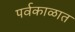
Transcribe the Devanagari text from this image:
पर्वकाळात